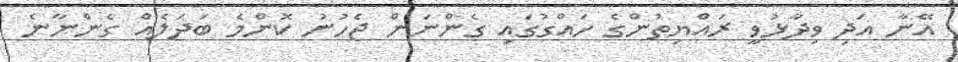
އޭނާ އަދި ވިދާޅުވީ ރައްޔިތުންގެ ހައްގުގައި ގެންނަން ޖެހުނު ކޮންމެ ބަދަލެއް ގެންނާނެ